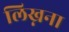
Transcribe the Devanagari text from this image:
लिख्नना